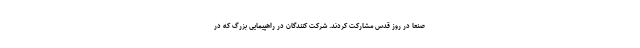
صنعا در روز قدس مشارکت کردند. شرکت کنندگان در راهپیمایی بزرگ که در